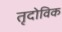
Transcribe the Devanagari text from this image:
तृदोविक